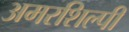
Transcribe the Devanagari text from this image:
अमरशिल्पी